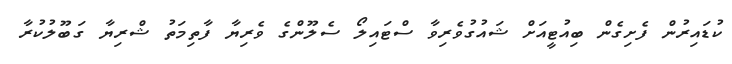
ކުޑައިރުން ފެށިގެން ބިއުޓީއަށް ޝައުގުވެރިވާ ސްޓައިލޯ ސެލޫންގެ ވެރިޔާ ފާތިމަތު ޝްރިޔާ ގަބޫލުކުރާ